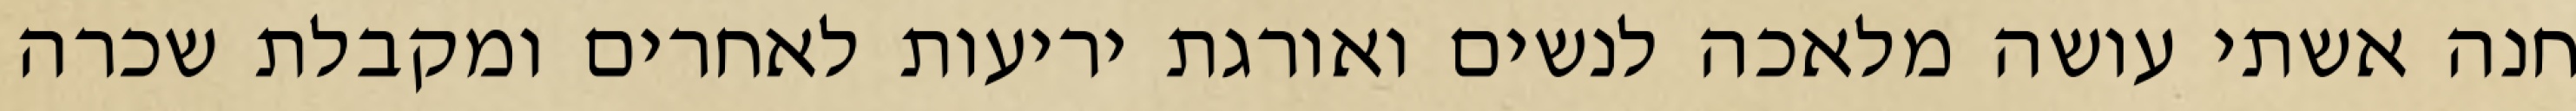
חנה אשתי עושה מלאכה לנשים ואורגת יריעות לאחרים ומקבלת שכרה